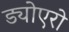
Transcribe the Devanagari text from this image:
ड्योएरो